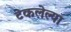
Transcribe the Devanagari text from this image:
टेकलेल्या